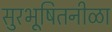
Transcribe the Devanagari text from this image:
सुरभूषितनीळा